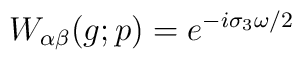
W_{\alpha \beta} (g;p) =        e^{-i \sigma_3 \omega /2}